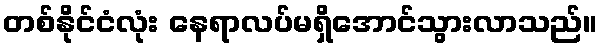
တစ်နိုင်ငံလုံး နေရာလပ်မရှိအောင်သွားလာသည်။